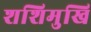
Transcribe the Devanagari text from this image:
शशिमुखि